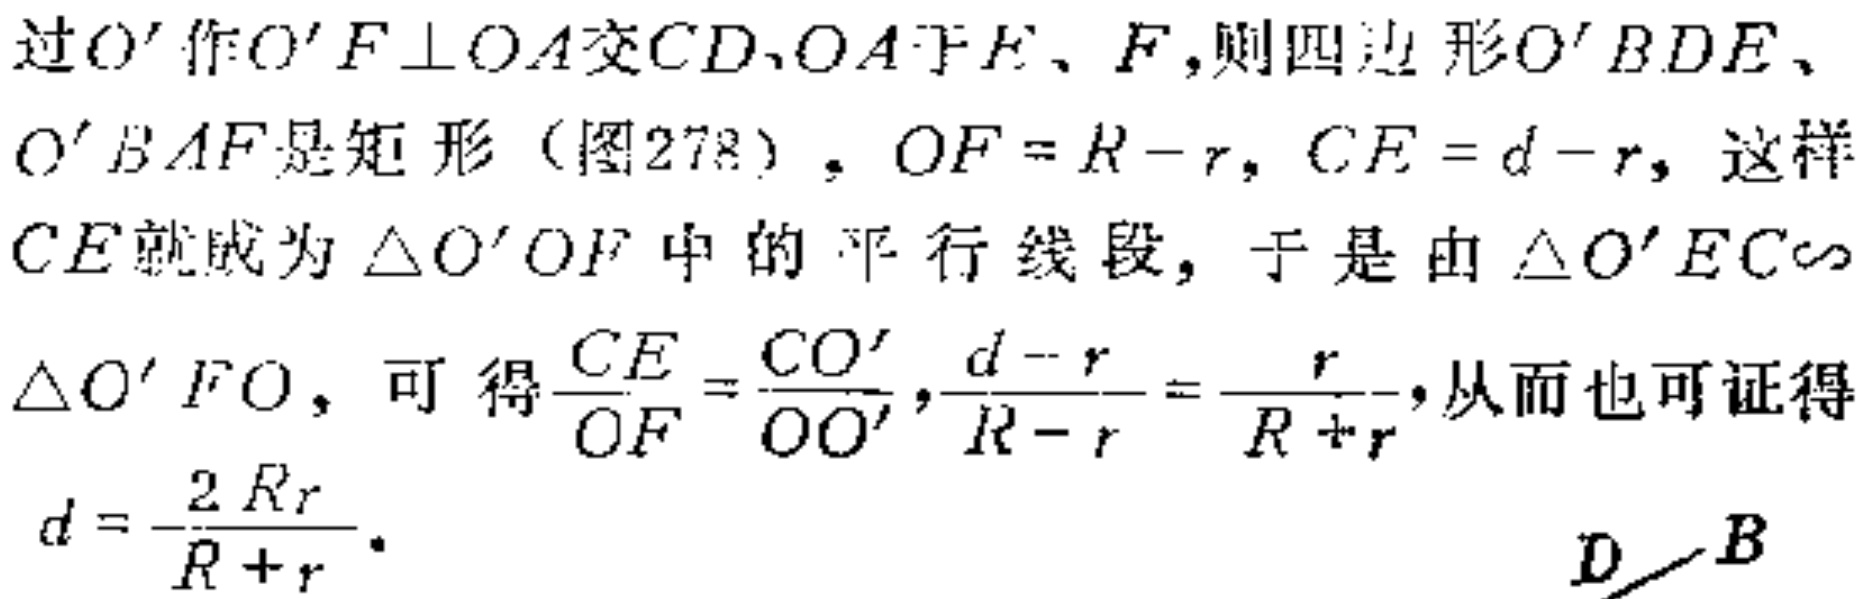
过$O'$作$O'F\perp OA$交$CD、OA$于$E、F$,则四边形$O'BDE、O'BAF$是矩形（图278）.$OF = R - r$, $CE = d - r$,这样$CE$就成为$\triangle O'OF$中的平行线段, 于是由$\triangle O'EC\sim\triangle O'FO$, 可得$\frac{CE}{OF}=\frac{CO'}{OO'}$,$\frac{d - r}{R - r}=\frac{r}{R + r}$,从而也可证得$d = \frac{2Rr}{R + r}$.